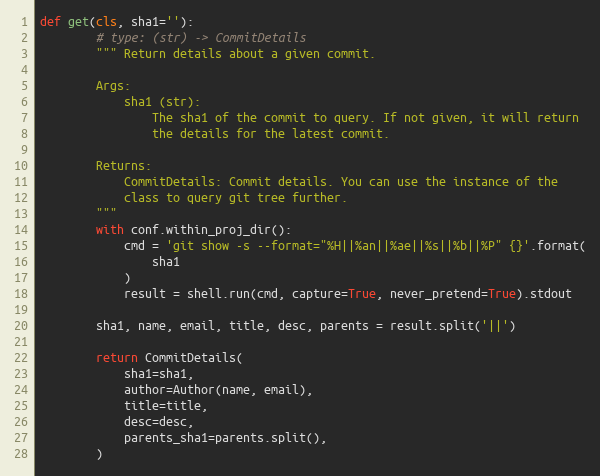
Language: Python
def get(cls, sha1=''):
        # type: (str) -> CommitDetails
        """ Return details about a given commit.

        Args:
            sha1 (str):
                The sha1 of the commit to query. If not given, it will return
                the details for the latest commit.

        Returns:
            CommitDetails: Commit details. You can use the instance of the
            class to query git tree further.
        """
        with conf.within_proj_dir():
            cmd = 'git show -s --format="%H||%an||%ae||%s||%b||%P" {}'.format(
                sha1
            )
            result = shell.run(cmd, capture=True, never_pretend=True).stdout

        sha1, name, email, title, desc, parents = result.split('||')

        return CommitDetails(
            sha1=sha1,
            author=Author(name, email),
            title=title,
            desc=desc,
            parents_sha1=parents.split(),
        )